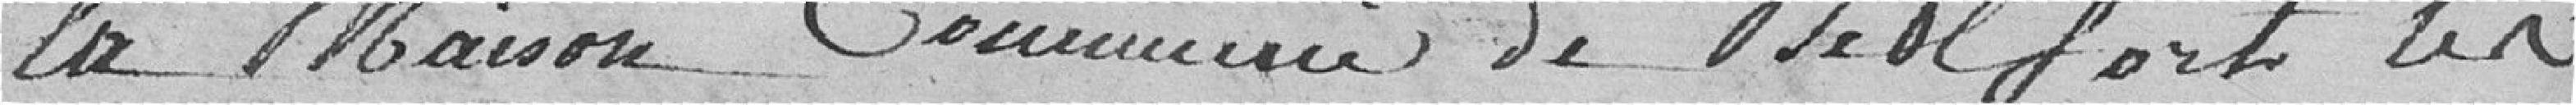
la maison commune de Belfort, le